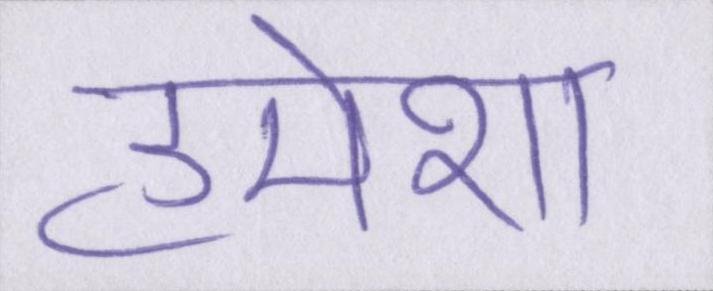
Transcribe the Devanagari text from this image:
हमेशा